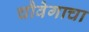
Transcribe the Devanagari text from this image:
चौवेगाचा